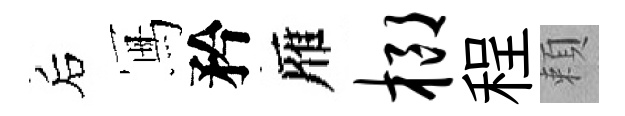
后冩矜雁榔程頼